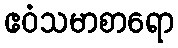
ဧဝံသမာစာရော